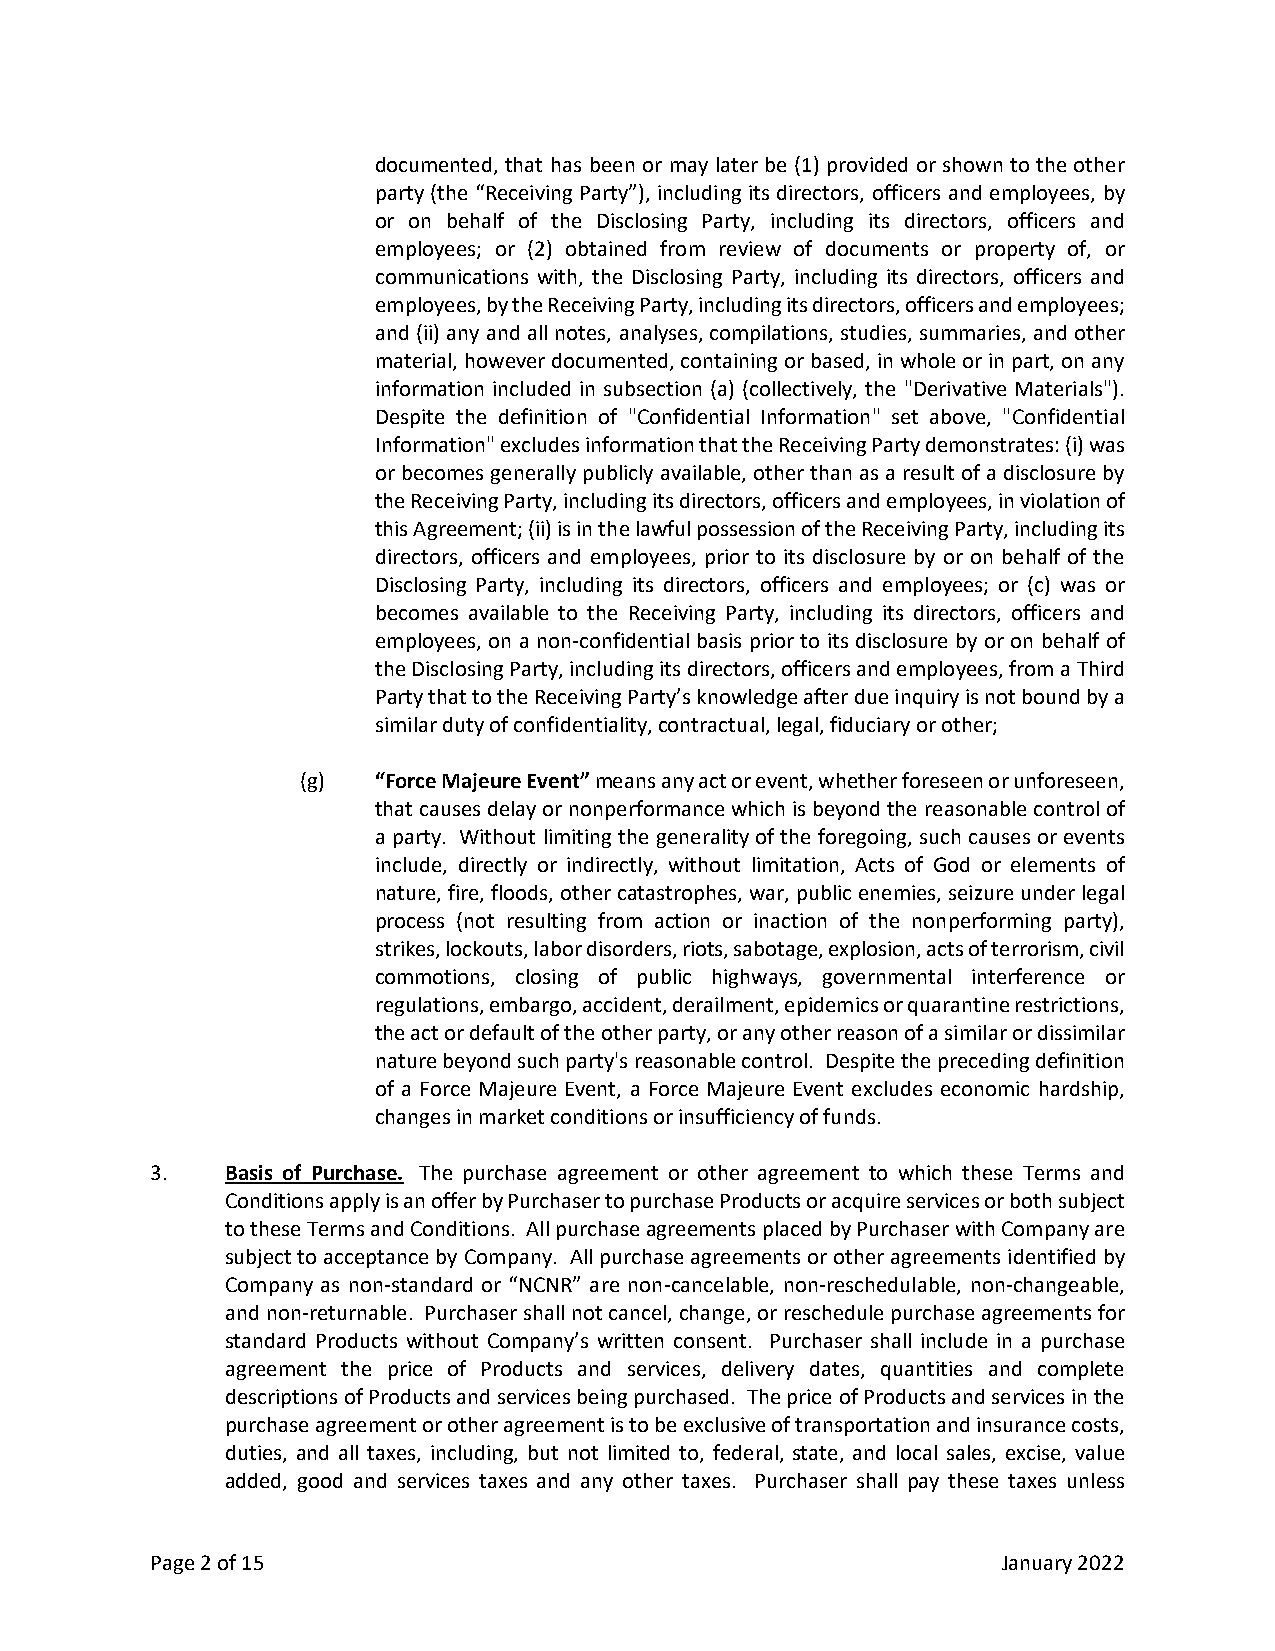
documented, that has been or may later be (1) provided or shown to the other
 party (the “Receiving Party”), including its directors, officers and employees, by
 or on behalf of the Disclosing Party, including its directors, officers and
 employees; or (2) obtained from review of documents or property of, or
 communications with, the Disclosing Party, including its directors, officers and
 employees, by the Receiving Party, including its directors, officers and employees;
 and (ii) any and all notes, analyses, compilations, studies, summaries, and other
 material, however documented, containing or based, in whole or in part, on any
 information included in subsection (a) (collectively, the "Derivative Materials").
 Despite the definition of "Confidential Information" set above, "Confidential
 Information" excludes information that the Receiving Party demonstrates: (i) was
 or becomes generally publicly available, other than as a result of a disclosure by
 the Receiving Party, including its directors, officers and employees, in violation of
 this Agreement; (ii) is in the lawful possession of the Receiving Party, including its
 directors, officers and employees, prior to its disclosure by or on behalf of the
 Disclosing Party, including its directors, officers and employees; or (c) was or
 becomes available to the Receiving Party, including its directors, officers and
 employees, on a non-confidential basis prior to its disclosure by or on behalf of
 the Disclosing Party, including its directors, officers and employees, from a Third
 Party that to the Receiving Party’s knowledge after due inquiry is not bound by a
 similar duty of confidentiality, contractual, legal, fiduciary or other;
 (g)  “Force Majeure Event” means any act or event, whether foreseen or unforeseen,
 that causes delay or nonperformance which is beyond the reasonable control of
 a party. Without limiting the generality of the foregoing, such causes or events
 include, directly or indirectly, without limitation, Acts of God or elements of
 nature, fire, floods, other catastrophes, war, public enemies, seizure under legal
 process (not resulting from action or inaction of the nonperforming party),
 strikes, lockouts, labor disorders, riots, sabotage, explosion, acts of terrorism, civil
 commotions, closing of public highways, governmental interference or
 regulations, embargo, accident, derailment, epidemics or quarantine restrictions,
 the act or default of the other party, or any other reason of a similar or dissimilar
 nature beyond such party's reasonable control. Despite the preceding definition
 of a Force Majeure Event, a Force Majeure Event excludes economic hardship,
 changes in market conditions or insufficiency of funds.
 3.   Basis of Purchase. The purchase agreement or other agreement to which these Terms and
 Conditions apply is an offer by Purchaser to purchase Products or acquire services or both subject
 to these Terms and Conditions. All purchase agreements placed by Purchaser with Company are
 subject to acceptance by Company. All purchase agreements or other agreements identified by
 Company as non-standard or “NCNR” are non-cancelable, non-reschedulable, non-changeable,
 and non-returnable. Purchaser shall not cancel, change, or reschedule purchase agreements for
 standard Products without Company’s written consent. Purchaser shall include in a purchase
 agreement the price of Products and services, delivery dates, quantities and complete
 descriptions of Products and services being purchased. The price of Products and services in the
 purchase agreement or other agreement is to be exclusive of transportation and insurance costs,
 duties, and all taxes, including, but not limited to, federal, state, and local sales, excise, value
 added, good and services taxes and any other taxes. Purchaser shall pay these taxes unless
 Page 2 of 15                                            January 2022